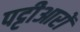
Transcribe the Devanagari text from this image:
पट्टीआरों